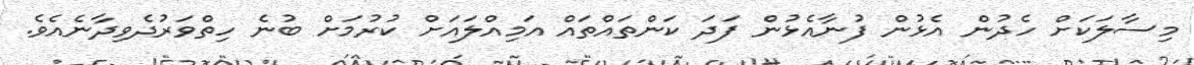
މިސާލަކަށް ހެދުން އެޅުން ފުނާއެޅުން ފަދަ ކަންތައްތައް އަމިއްލައަށް ކުރުމަށް ބުނެ ހިތްވަރުދެވިދާނެއެވެ.